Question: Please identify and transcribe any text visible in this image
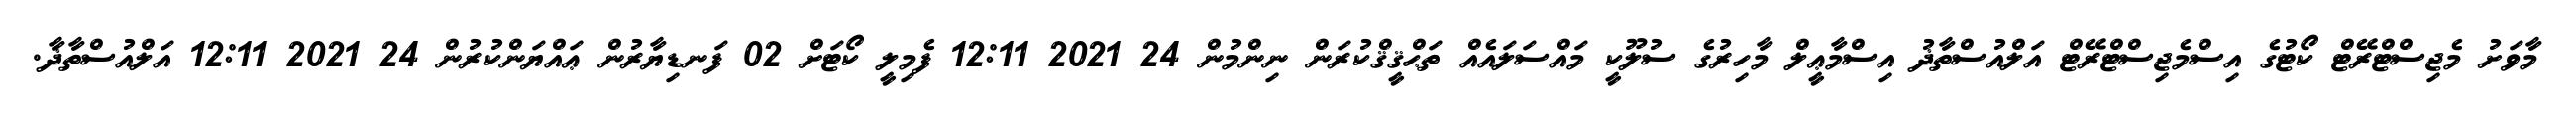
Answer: މާވަށު މެޖިސްޓްރޭޓް ކޯޓުގެ އިސްމެޖިސްޓްރޭޓް އަލްއުސްތާޛު އިސްމާޢީލް މާހިރުގެ ސުލޫކީ މައްސަލައެއް ތަޙްޤީޤްކުރަން ނިންމުން 24 2021 12:11 ފެމިލީ ކޯޓަށް 02 ފަނޑިޔާރުން ޢައްޔަންކުރުން 24 2021 12:11 އަލްއުސްތާޛާ.